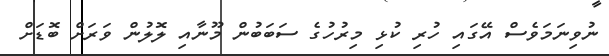
ނުވިނަމަވެސް އޭގައި ހުރި ކުޅި މިރުހުގެ ސަބަބުން މޫނާއި ލޮލުން ވަރަށް ބޮޑަށް